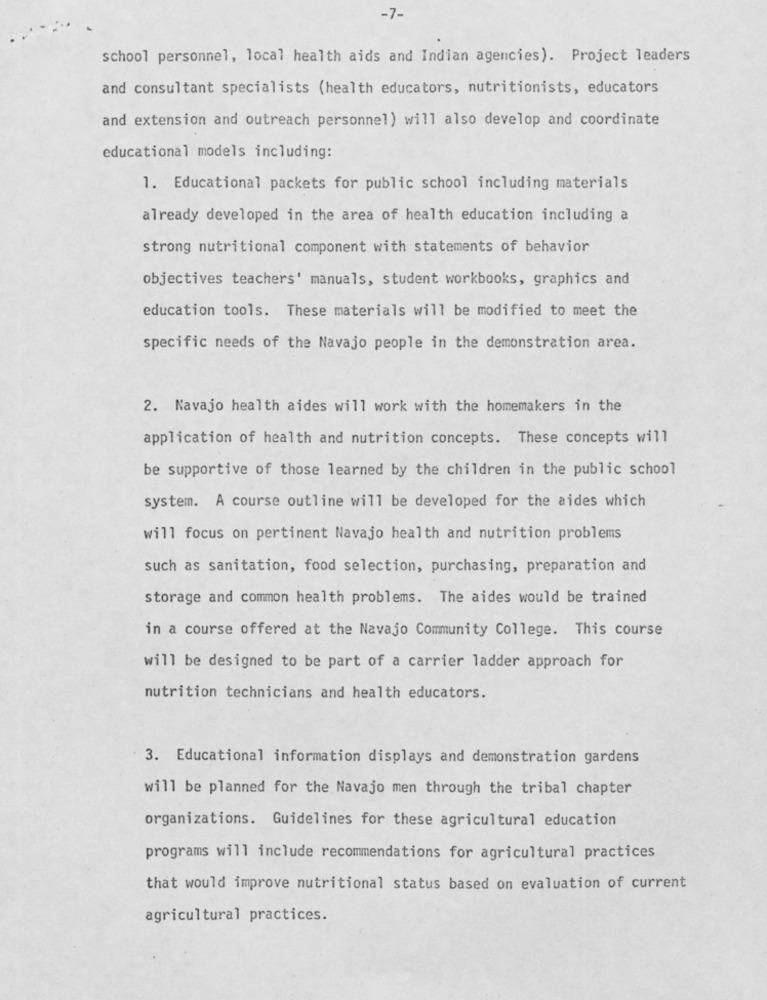
-7-
school personnel, local health aids and Indian agencies). Project leaders
and consultant specialists (health educators, nutritionists, educators
and extension and outreach personnel) will also develop and coordinate
educational models including:
1. Educational packets for public school including materials
already developed in the area of health education including a
strong nutritional component with statements of behavior
objectives teachers' manuals, student workbooks, graphics and
education tools. These materials will be modified to meet the
specific needs of the Navajo people in the demonstration area.
2. Navajo health aides will work with the homemakers in the
application of health and nutrition concepts. These concepts will
be supportive of those learned by the children in the public school
system. A course outline will be developed for the aides which
will focus on pertinent Navajo health and nutrition problems
such as sanitation, food selection, purchasing, preparation and
storage and common health problems. The aides would be trained
in a course offered at the Navajo Community College. This course
will be designed to be part of a carrier ladder approach for
nutrition technicians and health educators.
3. Educational information displays and demonstration gardens
will be planned for the Navajo men through the tribal chapter
organizations. Guidelines for these agricultural education
programs will include recommendations for agricultural practices
that would improve nutritional status based on evaluation of current
agricultural practices.